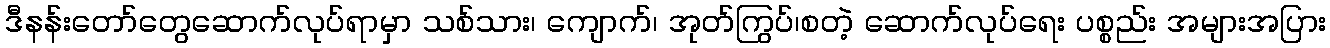
ဒီနန်းတော်တွေဆောက်လုပ်ရာမှာ သစ်သား၊ ကျောက်၊ အုတ်ကြွပ်၊စတဲ့ ဆောက်လုပ်ရေး ပစ္စည်း အများအပြား